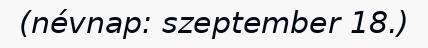
(névnap: szeptember 18.)